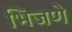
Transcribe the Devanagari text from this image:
भिजणे